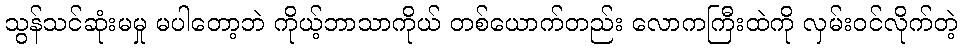
သွန်သင်ဆုံးမမှု မပါတော့ဘဲ ကိုယ့်ဘာသာကိုယ် တစ်ယောက်တည်း လောကကြီးထဲကို လှမ်းဝင်လိုက်တဲ့